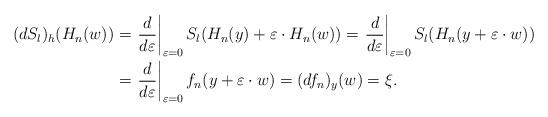
LaTeX: \begin{align*}(dS_{l})_{h}(H_{n}(w)) & =\left.\frac{d}{d\varepsilon}\right|_{\varepsilon=0}S_{l}(H_{n}(y)+\varepsilon\cdot H_{n}(w)) =\left.\frac{d}{d\varepsilon}\right|_{\varepsilon=0}S_{l}(H_{n}(y+\varepsilon\cdot w))\\ & =\left.\frac{d}{d\varepsilon}\right|_{\varepsilon=0}f_{n}(y+\varepsilon\cdot w) =(df_{n})_{y}(w) =\xi.\end{align*}